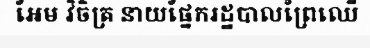
អែម វិចិត្រ នាយផ្នែករដ្ឋបាលព្រៃឈើ